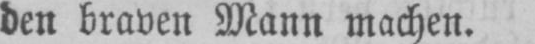
den braven Mann machen.